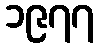
၁၉၇၇